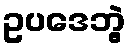
ဥပဒေဘွဲ့